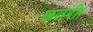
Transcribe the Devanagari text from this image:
छतरी।